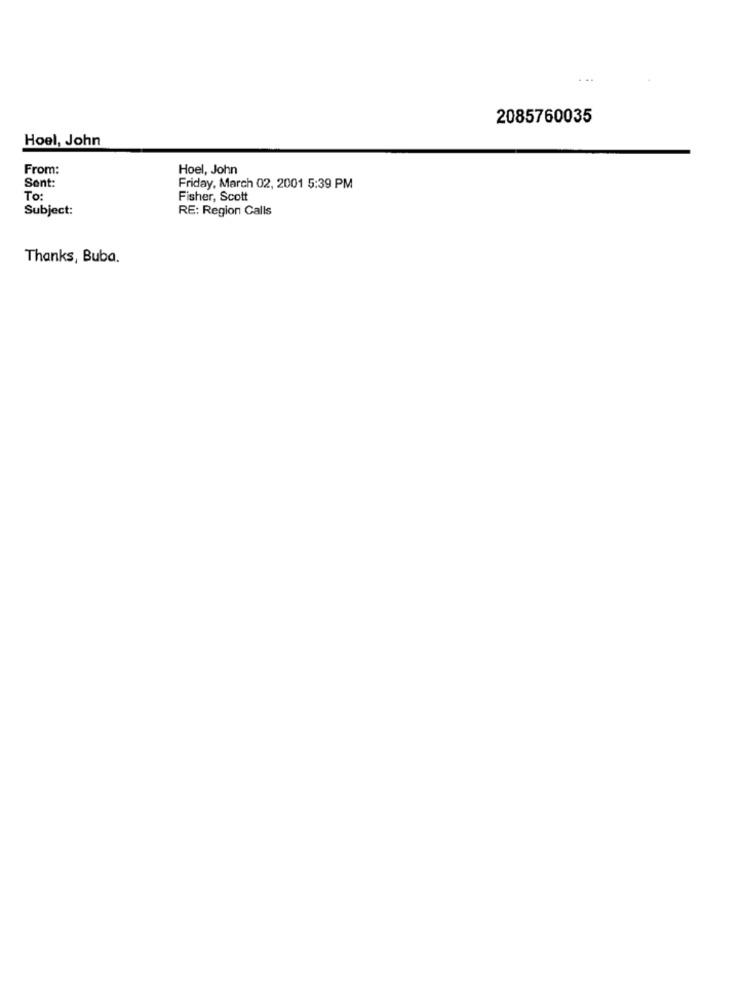
2085760035
Hoel, John
From:
Hoel, John
Sont:
Friday, March 02, 2001 5:39 PM
To:
Fisher, Scott
Subject:
RE: Region Calls
Thanks, Buba.